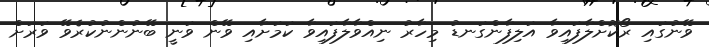
ވޭނުގައި ރޯކޮށްލާފައިވާ އަލިފާންގަނޑު މިހާރު ނިއްވާލާފައިވާ ކަމަށާއި ވޭން ވަނީ ބޭނުންނުކުރެވޭ ވަރަށް